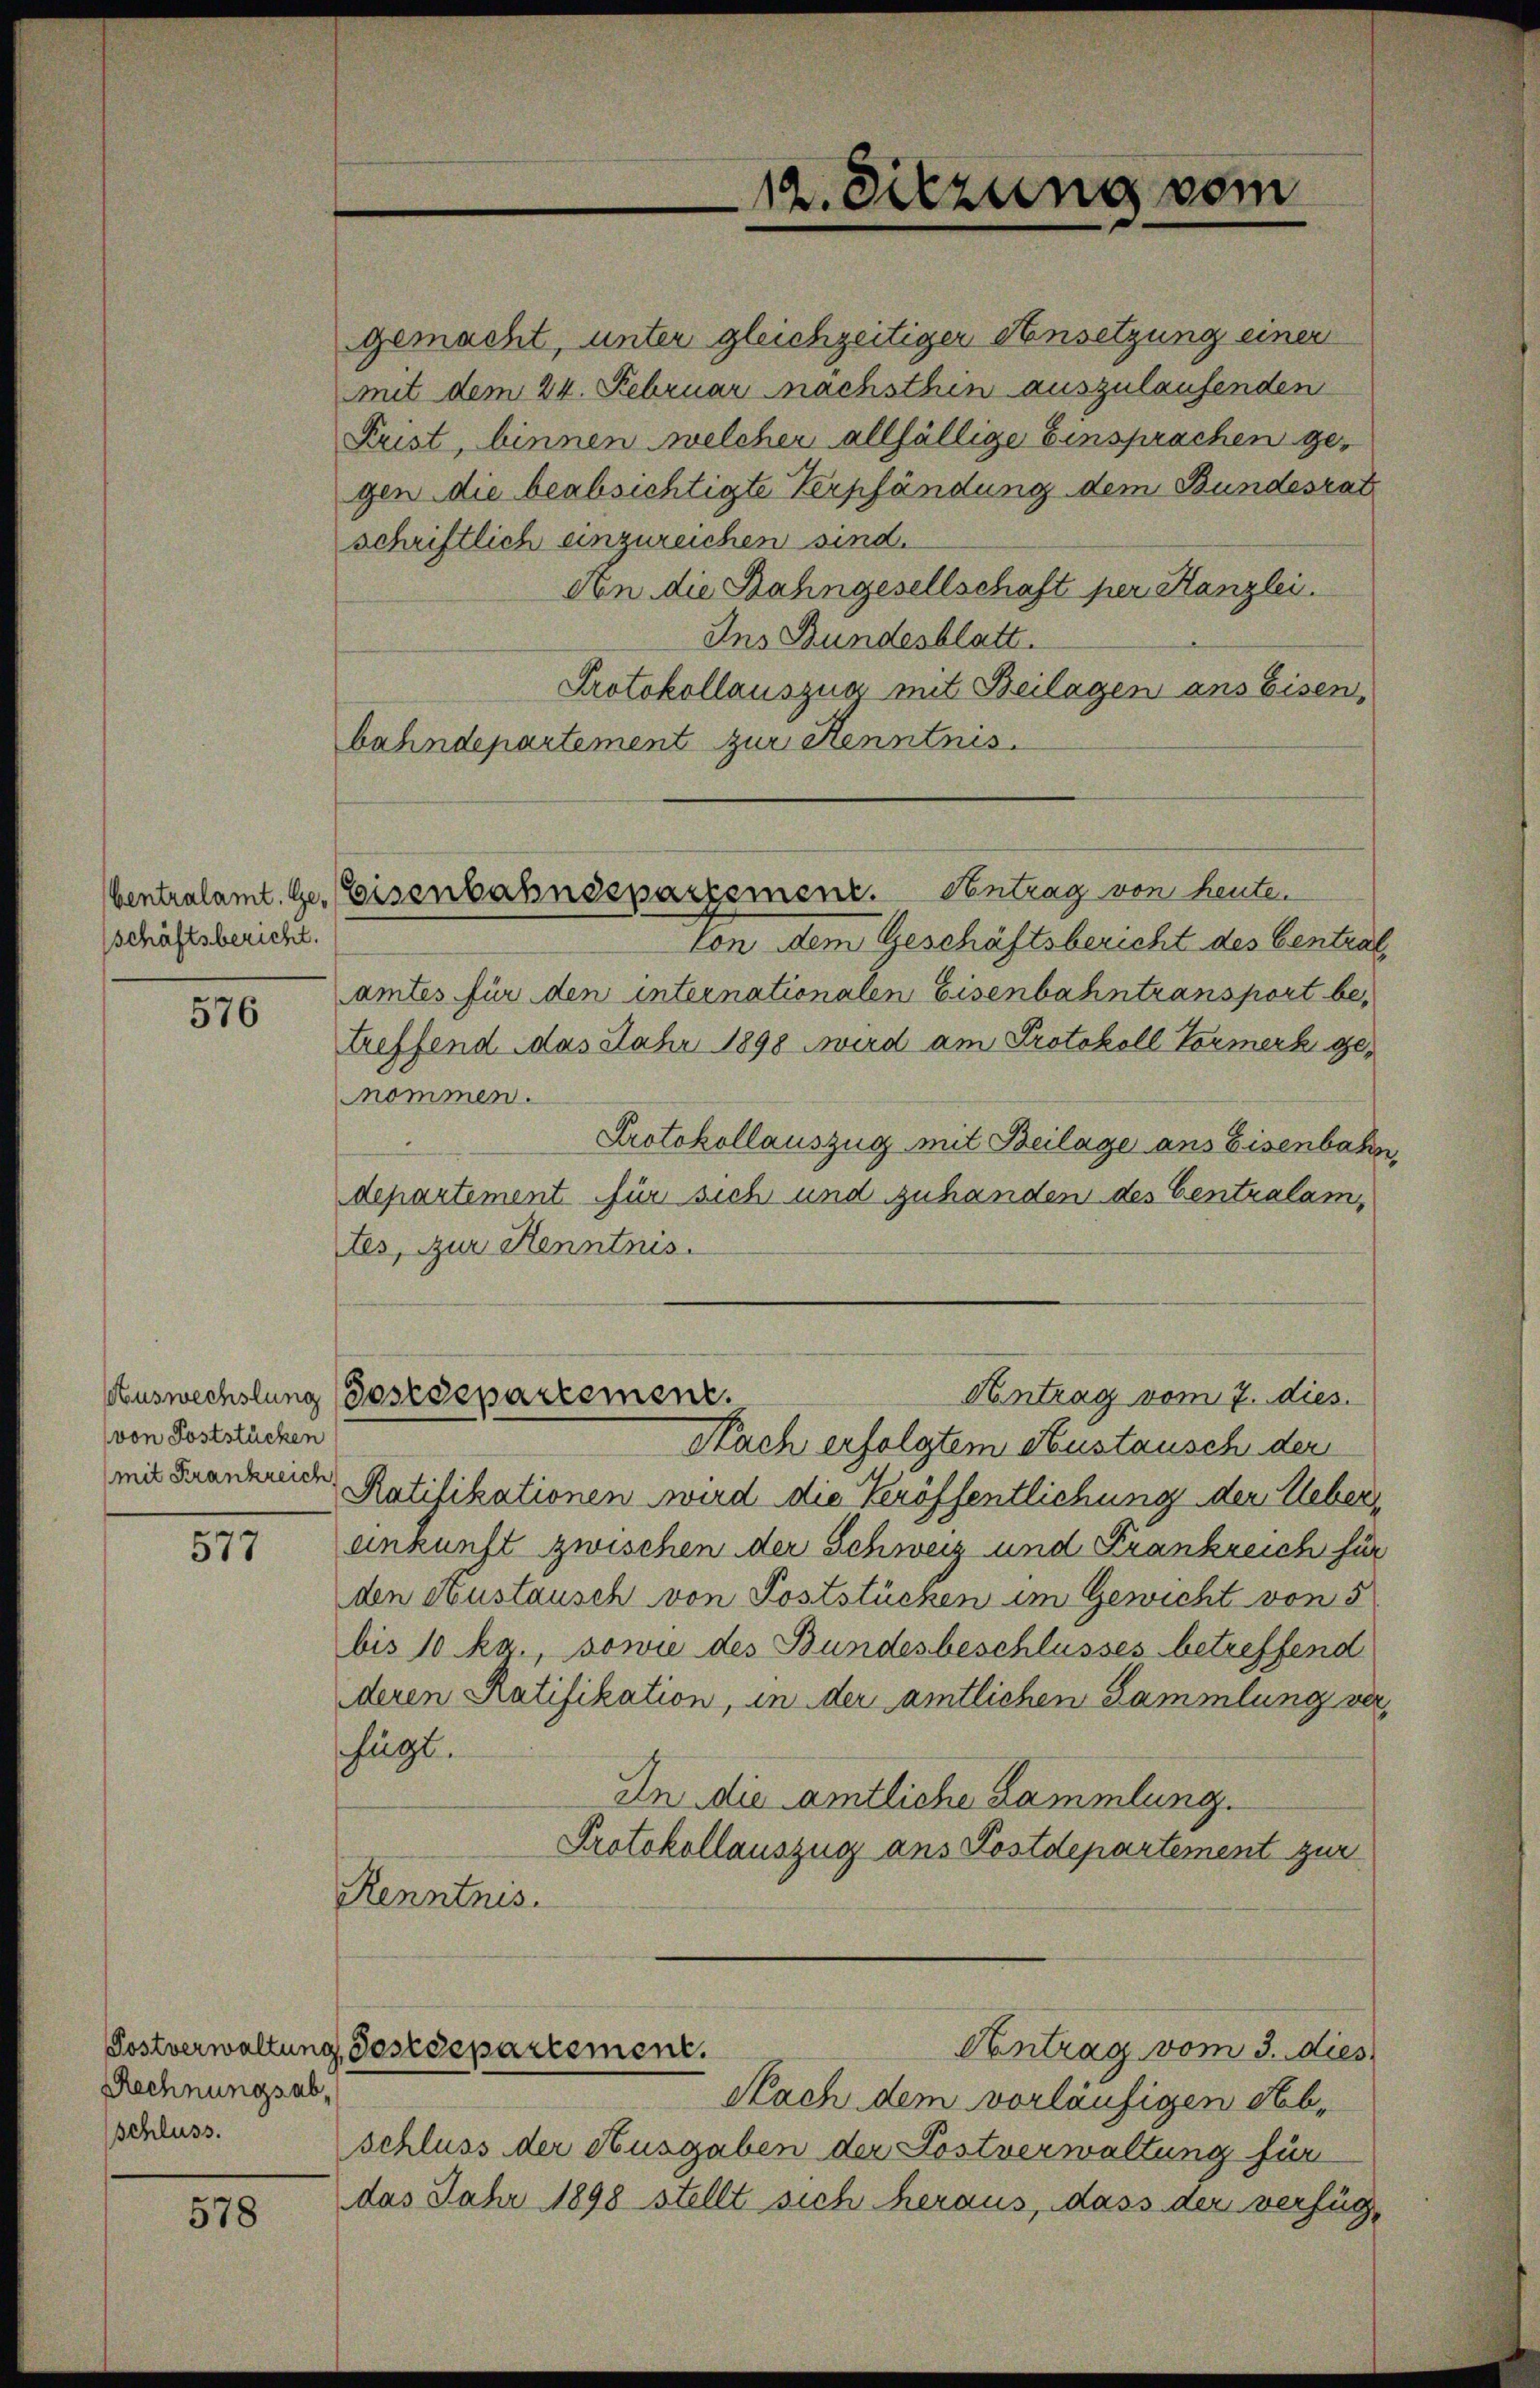
schäftsbericht.

576

(von Poststücken

57

Rechnungsabschluss.

578

ton dem Geschäftsbericht des Centrat,
amtes für den internationalen Eisenbahntransport betreffend das Jahr 1898 wird am Protokoll Vormerk genommen.
Protokollauszug mit Beilage ans Eisenbahn
departement für sich und zuhanden des Centralam,
tes, zur Kenntnis.

gemacht, unter gleichzeitiger Ansetzung einer
mit dem 24. Februar nachsthin auszulaufenden
Frist, binnen welcher allfällige Einsprachen gegen die beabsichtigte Verpfändung dem Bundesrat
schriftlich einzureichen sind.
An die Bahngesellschaft per Kanzlei.
Ins Bundesblatt.
Protokollauszuar mit Beilagen ans Eisen,
bahndepartement zur Kenntnis.
Antrag vom 7. dies
Auswechslung (Postdepartement.
Nach erfolgtem Austausch der
mit Frankener Ratifikationen wird die Veröffentlichung der Ueber,
einkunft zwischen der Schweiz und Frankreich für
den etustausch von Poststücken im Gewicht von 5
bis 10 kg., sowie des Bundesbeschlusses betreffend
deren Ratifikation, in der amtlichen Sammlung verfügt.
An die amtliche Lammlung.
Protokollauszug ans Postdepartement zur
Kenntnis.
Postverwaltung Postdepartement.
Antrag vom 3. dies
Nach dem vorläufigen Abschluss der Ausgaben der Postverwaltung für
das Jahr 1898 stellt sich heraus, dass der verfüg¬

12. Sitzung vom

Centralamt. Ge, Eisenbahnsspartement. Antrag von heute.